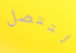
لتتصل